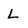
Character: L